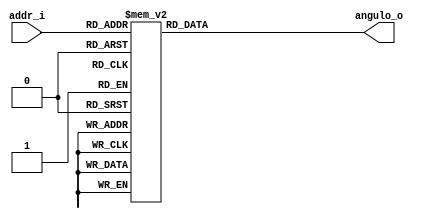
module rom #(
  parameter n = 32,
	parameter m = 4
)	(
	input		    [m-1:0] addr_i,
	output reg	[n-1:0] angulo_o
	);
	
	always @(addr_i) begin
		case(addr_i)		 
       0 : angulo_o = 32'b00101101000000000000000000000000; //  45.0000000000000000000000000
       1 : angulo_o = 32'b00011010100100001010011100110001; //  26.5650511384010314941406250
       2 : angulo_o = 32'b00001110000010010100011101000000; //  14.0362434387207031250000000
       3 : angulo_o = 32'b00000111001000000000000100010010; //   7.1250163316726684570312500
       4 : angulo_o = 32'b00000011100100111000101010100110; //   3.5763343572616577148437500
       5 : angulo_o = 32'b00000001110010100011011110010100; //   1.7899105548858642578125000
       6 : angulo_o = 32'b00000000111001010010101000011010; //   0.8951736688613891601562500
       7 : angulo_o = 32'b00000000011100101001011011010111; //   0.4476141333580017089843750
       8 : angulo_o = 32'b00000000001110010100101110100101; //   0.2238104939460754394531250
       9 : angulo_o = 32'b00000000000111001010010111011001; //   0.1119056344032287597656250
      10 : angulo_o = 32'b00000000000011100101001011101101; //   0.0559528470039367675781250
      11 : angulo_o = 32'b00000000000001110010100101110110; //   0.0279763936996459960937500
      12 : angulo_o = 32'b00000000000000111001010010111011; //   0.0139881968498229980468750
      13 : angulo_o = 32'b00000000000000011100101001011101; //   0.0069940686225891113281250
      14 : angulo_o = 32'b00000000000000001110010100101110; //   0.0034970045089721679687500
      15 : angulo_o = 32'b00000000000000000111001010010111; //   0.0017485022544860839843750
		  default : angulo_o = 32'b00000000000000000000000000000000; 				
		endcase
  end		
	
endmodule